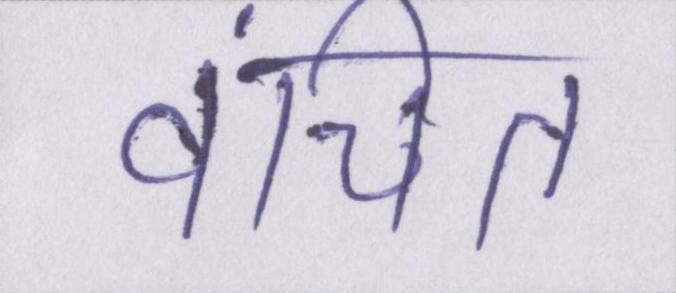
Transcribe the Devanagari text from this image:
वंचित